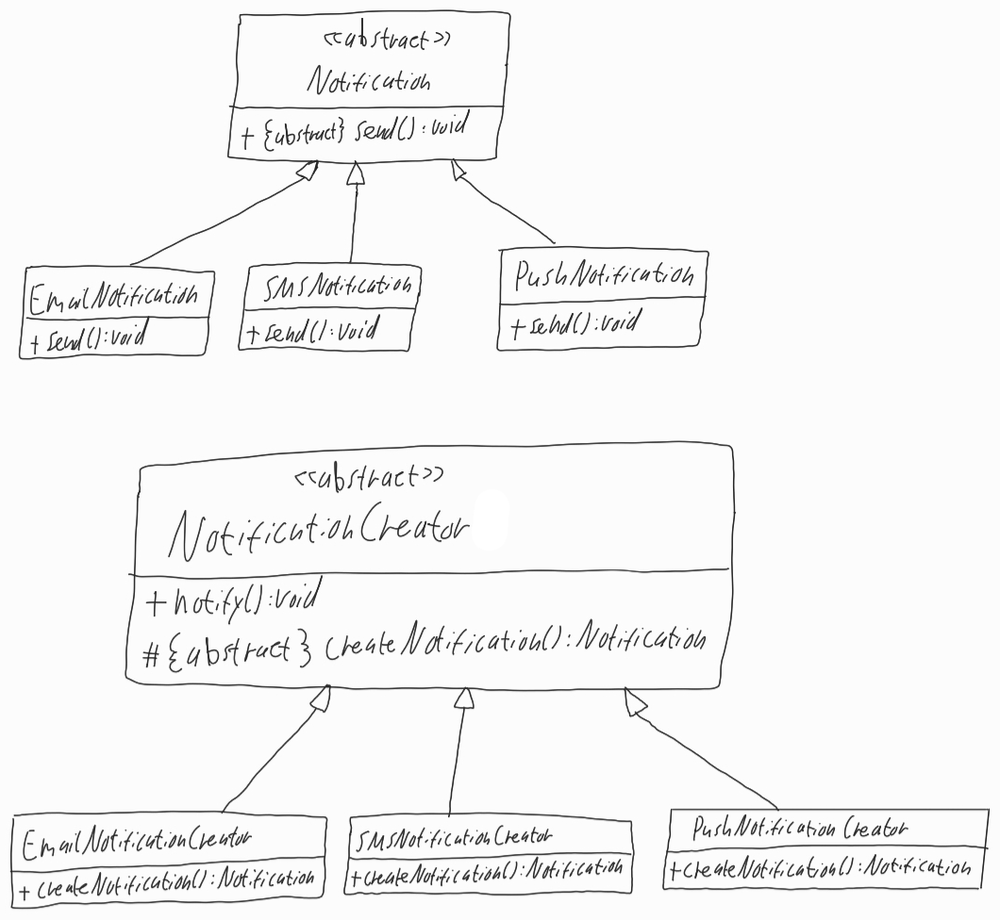
Diagram type: class_diagram
```plantuml
@startuml

abstract Notification {
  + {abstract} send(): void
}

class EmailNotification extends Notification {
  + send(): void
}

class SMSNotification extends Notification {
  + send(): void
}

class PushNotification extends Notification {
  + send(): void
}

abstract NotificationCreator {
  + notify(): void
  # {abstract} createNotification(): Notification
}

class EmailNotificationCreator extends NotificationCreator {
  + createNotification(): Notification
}

class SMSNotificationCreator extends NotificationCreator {
  + createNotification(): Notification
}

class PushNotificationCreator extends NotificationCreator {
  + createNotification(): Notification
}

@enduml
```